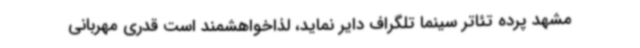
مشهد پرده تئاتر سینما تلگراف دایر نماید، لذاخواهشمند است قدری مهربانی